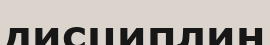
дисциплин